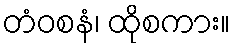
တံဝစနံ၊ ထိုစကား။